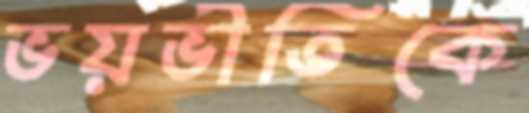
ভয়ভীতিকে